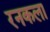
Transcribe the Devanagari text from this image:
रनकला